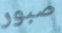
صبور